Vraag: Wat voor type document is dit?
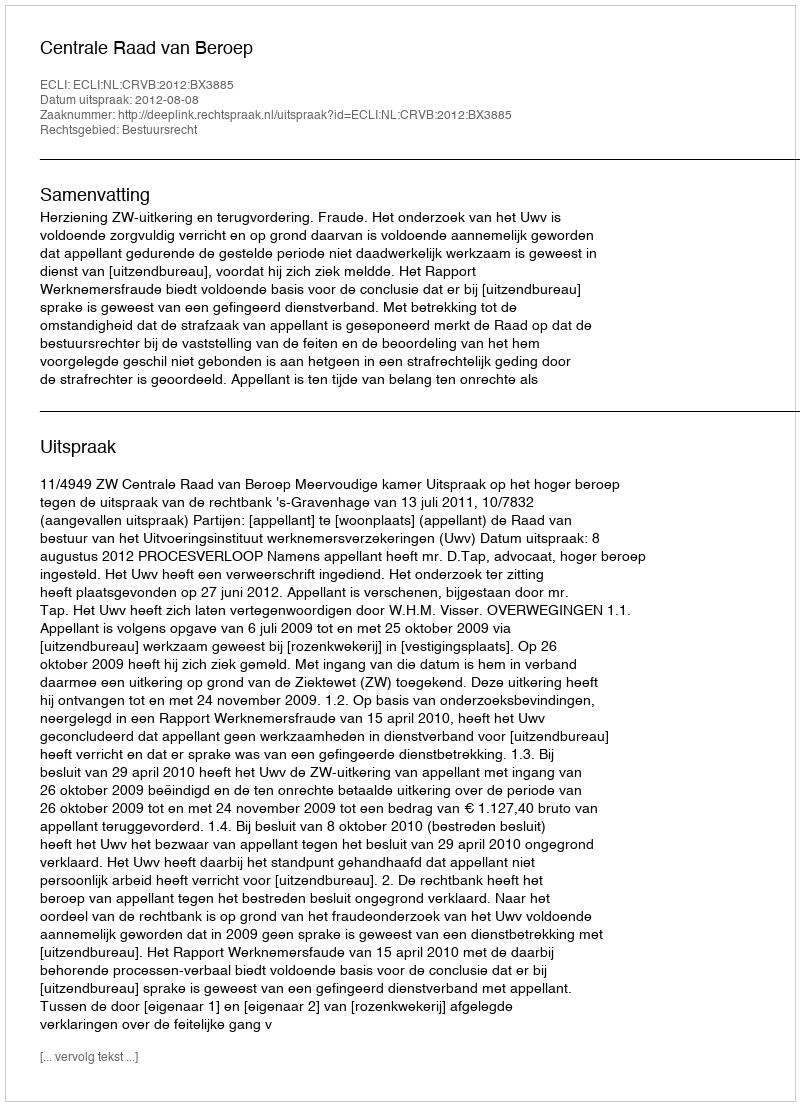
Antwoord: Uitspraak